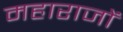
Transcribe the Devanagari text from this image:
महाराजों